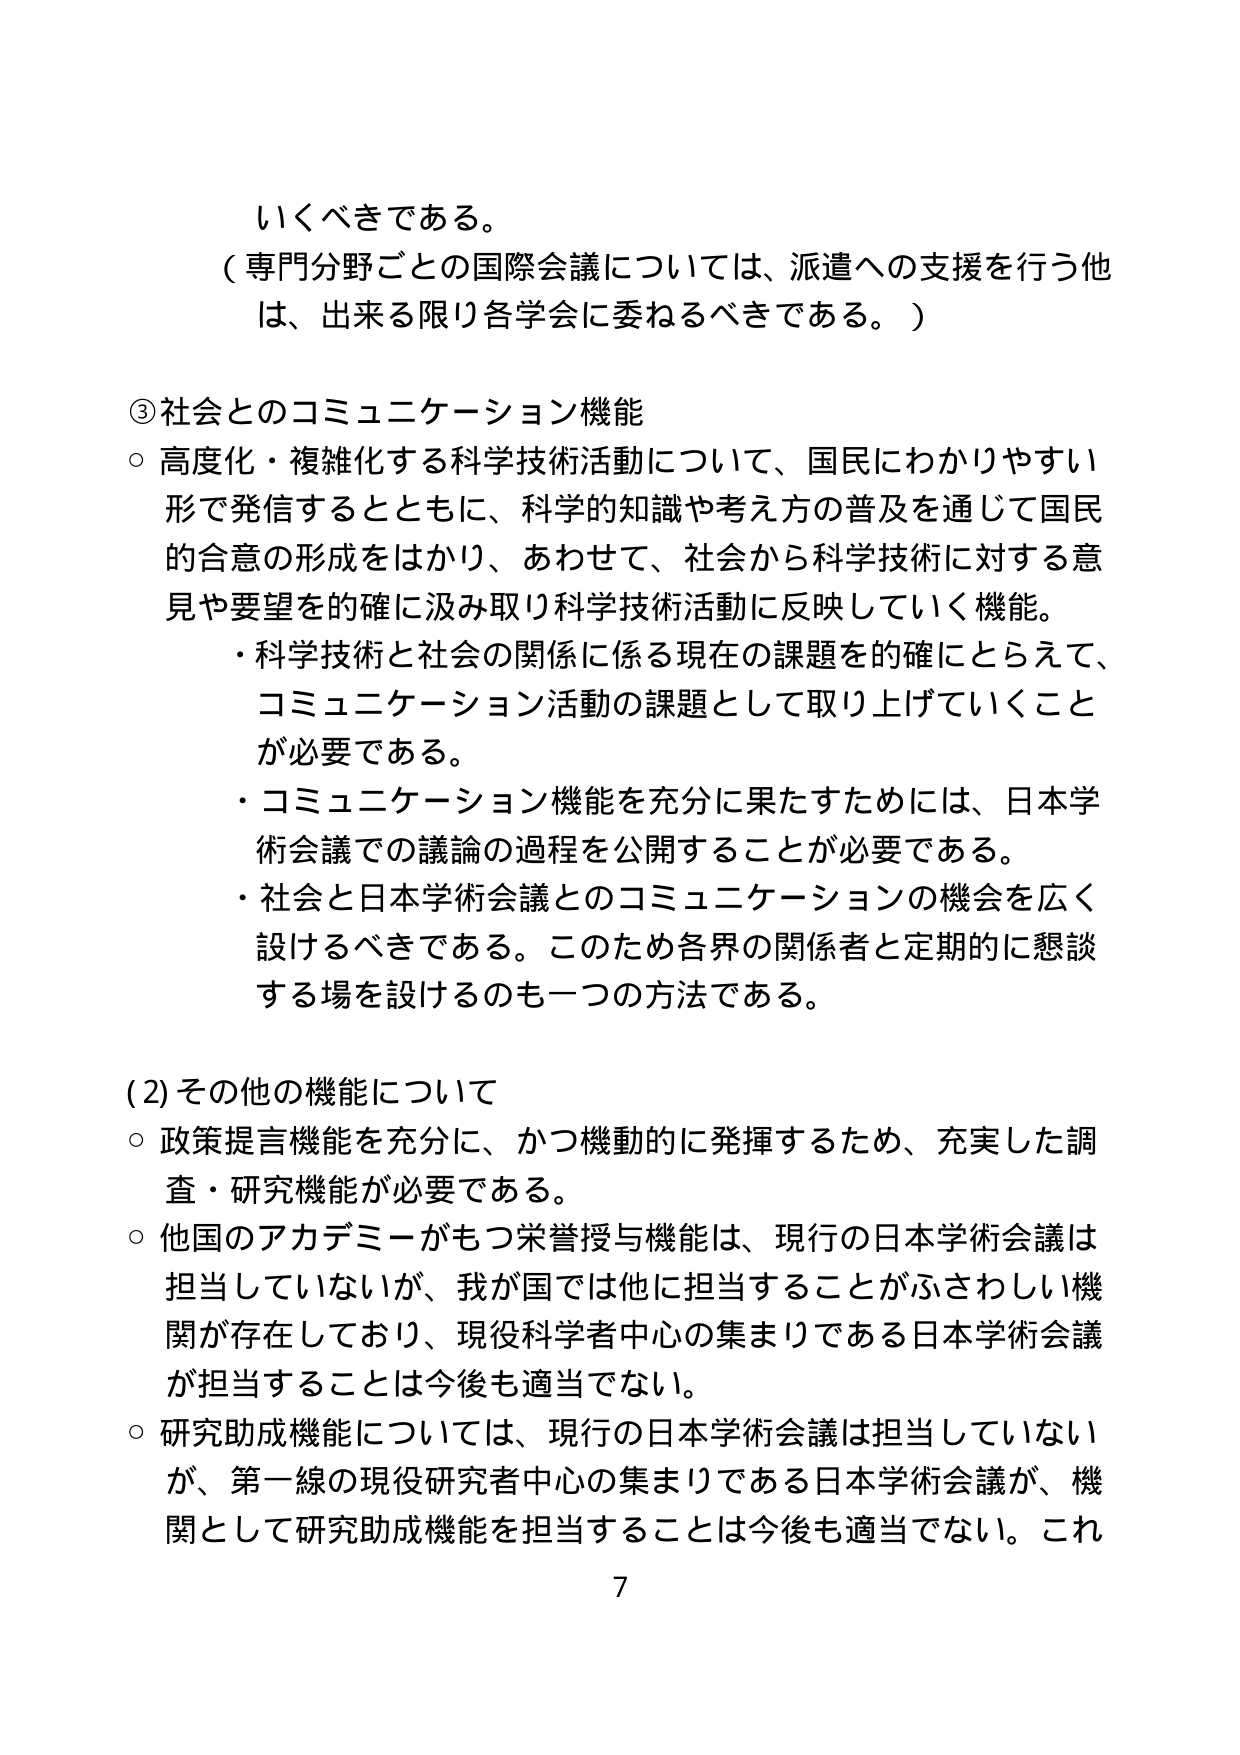
いくべきである。
（専門分野ごとの国際会議については、派遣への支援を行う他は、出来る限り各学会に委ねるべきである。）

③社会とのコミュニケーション機能
○ 高度化・複雑化する科学技術活動について、国民にわかりやすい形で発信するとともに、科学的知識や考え方の普及を通じて国民的合意の形成をはかり、あわせて、社会から科学技術に対する意見や要望を的確に汲み取り科学技術活動に反映していく機能。
・ 科学技術と社会の関係に係る現在の課題を的確にとらえて、コミュニケーション活動の課題として取り上げていくことが必要である。
・ コミュニケーション機能を充分に果たすためには、日本学術会議での議論の過程を公開することが必要である。
・ 社会と日本学術会議とのコミュニケーションの機会を広く設けるべきである。このため各界の関係者と定期的に懇談する場を設けるのも一つの方法である。

(2) その他の機能について
○ 政策提言機能を充分に、かつ機動的に発揮するため、充実した調査・研究機能が必要である。
○ 他国のアカデミーがもつ栄誉授与機能は、現行の日本学術会議は担当していないが、我が国では他に担当することがふさわしい機関が存在しており、現役科学者中心の集まりである日本学術会議が担当することは今後も適当でない。
○ 研究助成機能については、現行の日本学術会議は担当していないが、第一線の現役研究者中心の集まりである日本学術会議が、機関として研究助成機能を担当することは今後も適当でない。これ

7